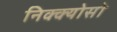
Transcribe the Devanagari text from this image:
निक्क्योसो